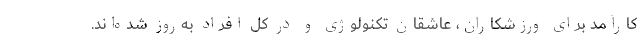
کارآمد برای ورزشکاران، عاشقان تکنولوژی و در کل افراد به‌روز شده‌اند.